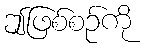
ဤဖြစ်စဉ်ကို